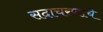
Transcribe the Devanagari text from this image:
सदाचरणाचे